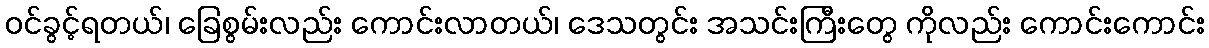
ဝင်ခွင့်ရတယ်၊ ခြေစွမ်းလည်း ကောင်းလာတယ်၊ ဒေသတွင်း အသင်းကြီးတွေ ကိုလည်း ကောင်းကောင်း